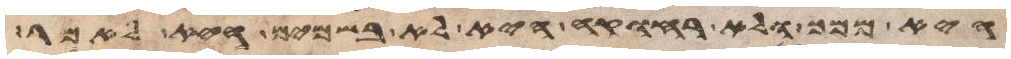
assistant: היא ממך ולא רחוקה היא לא בשמים היא לאמר